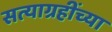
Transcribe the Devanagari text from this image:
सत्याग्रहींच्या